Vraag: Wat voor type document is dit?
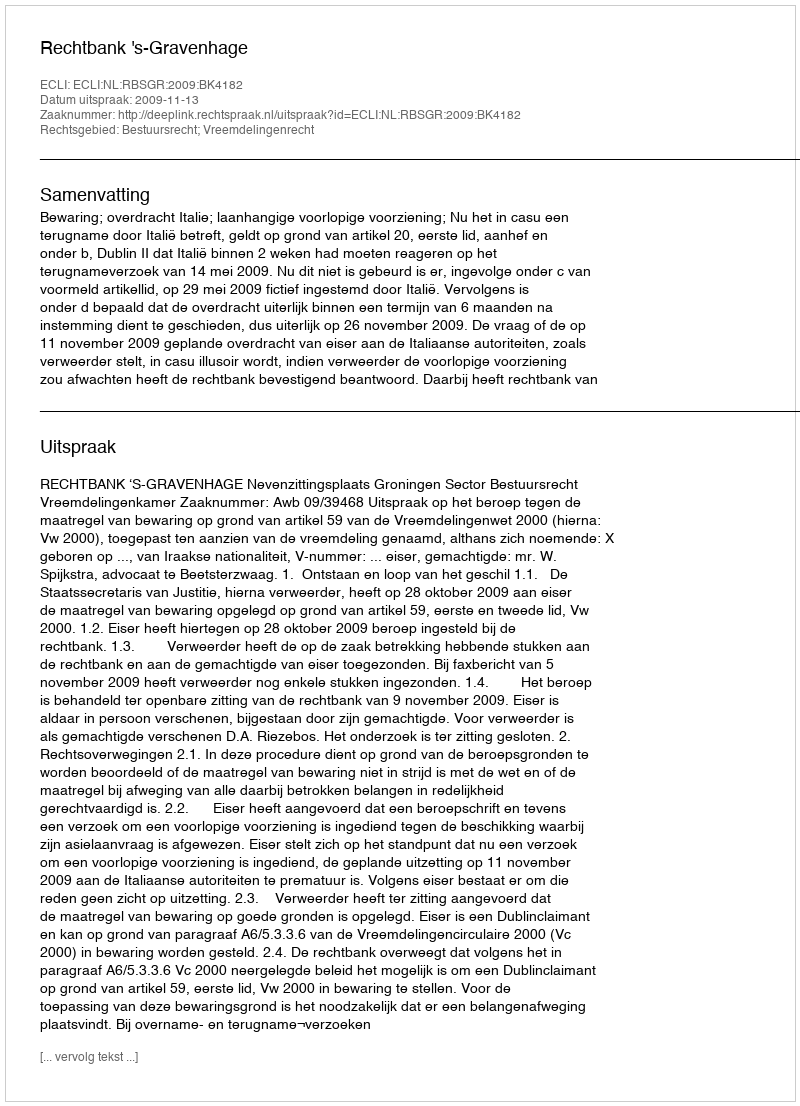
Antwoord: Uitspraak